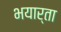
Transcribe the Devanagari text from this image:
भयार्ता